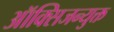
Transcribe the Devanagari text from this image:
ऑक्सिजन्युक्त